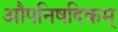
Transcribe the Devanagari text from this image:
औपनिषदिकम्